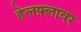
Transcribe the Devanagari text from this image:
हेलफ़्लावर